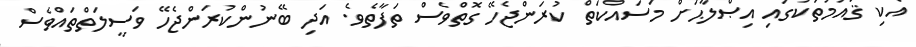
އެކި ޤައުމުތަކުގައި އިޞްލާޙަށް މަސައްކަތް ކުރަންޖެހޭ ގޮތްވެސް ތަފާތެވެ. އަދި ބޭނުންކުރަންޖެހޭ ވަސީލަތްތައްވެސް